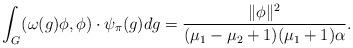
LaTeX: \begin{align*}\int_G(\omega(g)\phi,\phi) \cdot \psi_{\pi}(g)dg=\frac{\|\phi\|^2}{(\mu_1-\mu_2+1)(\mu_1+1)\alpha}.\end{align*}